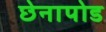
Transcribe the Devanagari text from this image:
छेनापोड